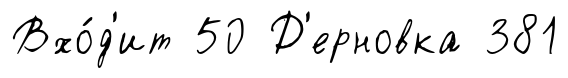
Вхо́д'ит 50 Д'ерновка 381